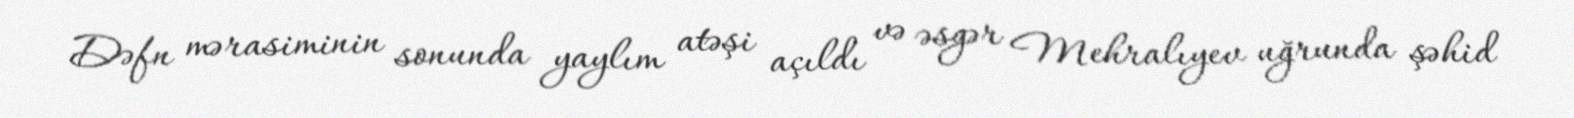
Dəfn mərasiminin sonunda yaylım atəşi açıldı və əsgər Mehralıyev uğrunda şəhid